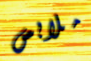
ملابس